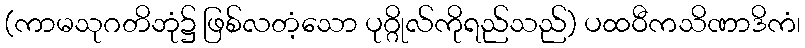
(ကာမသုဂတိဘုံ၌ ဖြစ်လတံ့သော ပုဂ္ဂိုလ်ကိုရည်သည်) ပထဝီကသိဏာဒိကံ၊